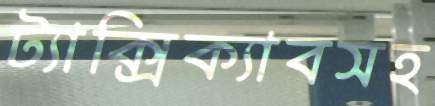
ট্যাক্সিক্যাবসহ